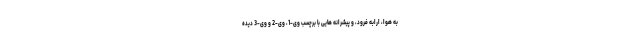
به هوا، ارابه فرود، و پیشرانه هایی با برچسب وی-1، وی-2 و وی-3 دیده